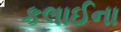
કલાઈના